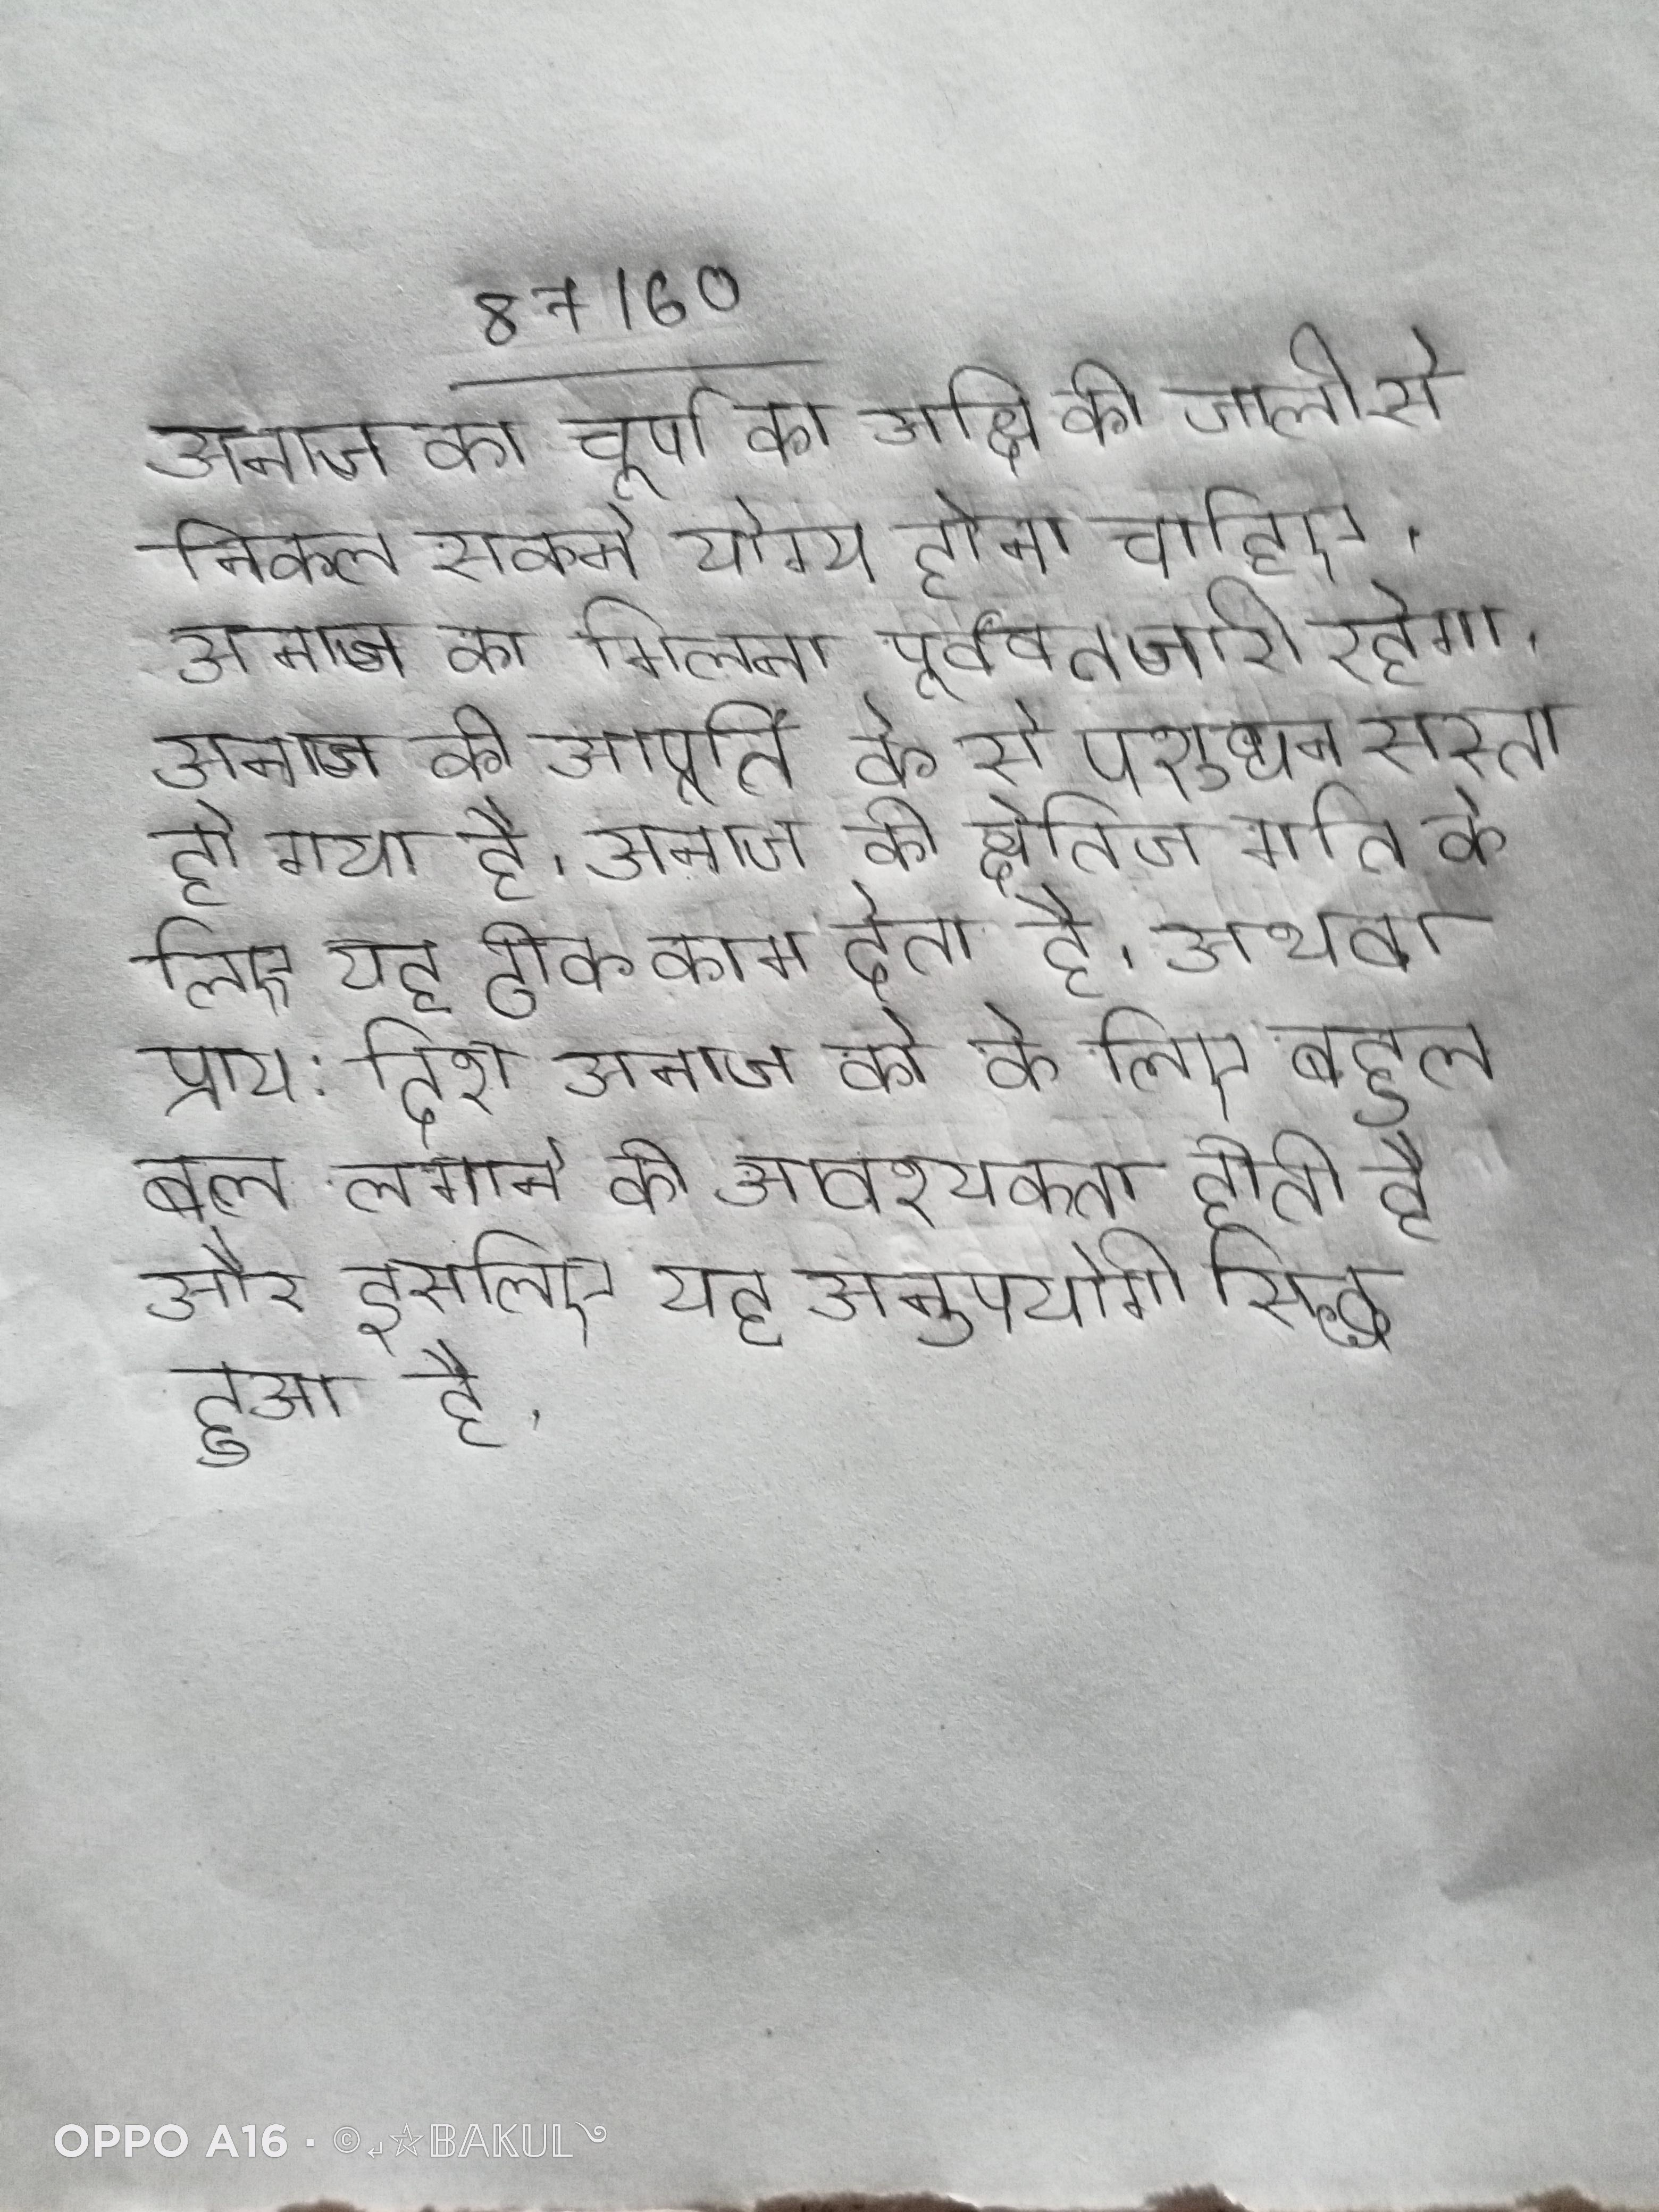
अनाज का चूर्ण का अक्षि की जाली से निकल सकने योग्य होना चाहिए । अनाज का मिलना पूर्ववत जारी रहेगा । अनाज की आपूर्ति के से पशुधन सस्ता हो गया है । अनाज की क्षैतिज गति के लिए यह ठीक काम देता है, अथवा प्राय: दिशा अनाज को के लिए बहुत बल लगाने की आवश्यकता होती है और इसलिए यह अनुपयोगी सिद्ध हुआ है ।